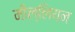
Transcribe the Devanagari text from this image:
मील्लियन